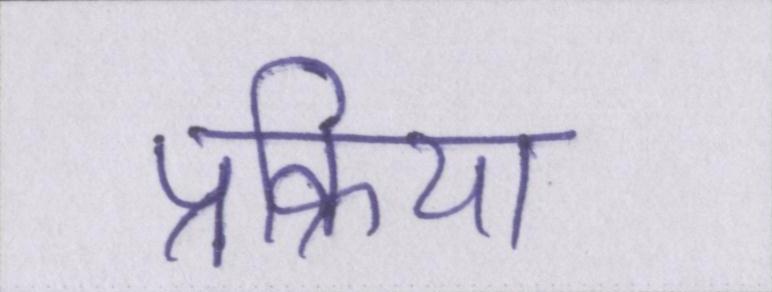
प्रक्रिया